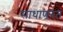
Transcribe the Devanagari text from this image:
साधाणरत